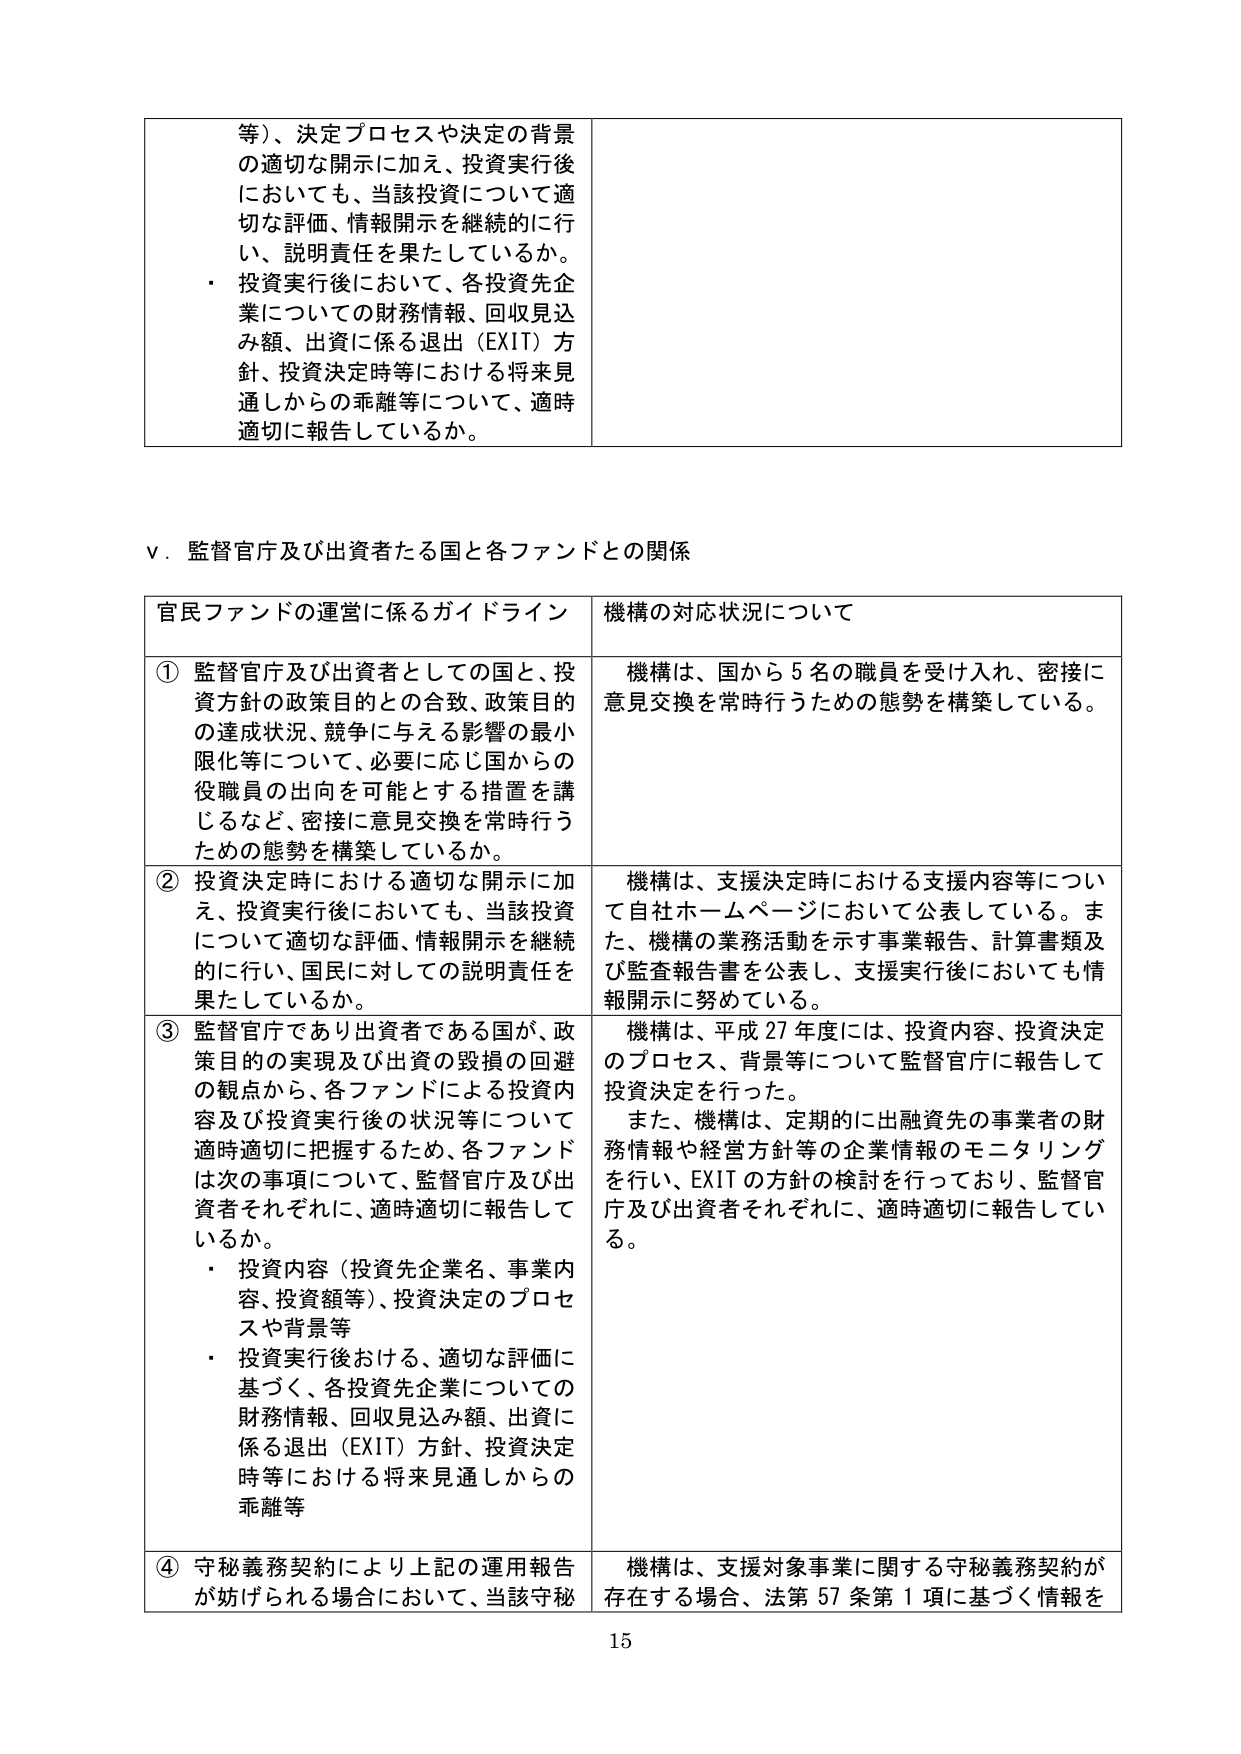
等）、決定プロセスや決定の背景の適切な開示に加え、投資実行後においても、当該投資について適切な評価、情報開示を継続的に行い、説明責任を果たしているか。
・ 投資実行後において、各投資先企業についての財務情報、回収見込み額、出資に係る退出（EXIT）方針、投資決定時等における将来見通しからの乖離等について、適時適切に報告しているか。

Ⅴ．監督官庁及び出資者たる国と各ファンドとの関係

官民ファンドの運営に係るガイドライン　　機構の対応状況について

① 監督官庁及び出資者としての国と、投資方針の政策目的との合致、政策目的の達成状況、競争に与える影響の最小限化等について、必要に応じ国からの役職員の出向を可能とする措置を講じるなど、密接に意見交換を常時行うための態勢を構築しているか。
機構は、国から5名の職員を受け入れ、密接に意見交換を常時行うための態勢を構築している。

② 投資決定時における適切な開示に加え、投資実行後においても、当該投資について適切な評価、情報開示を継続的に行い、国民に対しての説明責任を果たしているか。
機構は、支援決定時における支援内容等について自社ホームページにおいて公表している。また、機構の業務活動を示す事業報告、計算書類及び監査報告書を公表し、支援実行後においても情報開示に努めている。

③ 監督官庁であり出資者である国が、政策目的の実現及び出資の毀損の回避の観点から、各ファンドによる投資内容及び投資実行後の状況等について適時適切に把握するため、各ファンドは次の事項について、監督官庁及び出資者それぞれに、適時適切に報告しているか。
・ 投資内容（投資先企業名、事業内容、投資額等）、投資決定のプロセスや背景等
・ 投資実行後おける、適切な評価に基づく、各投資先企業についての財務情報、回収見込み額、出資に係る退出（EXIT）方針、投資決定時等における将来見通しからの乖離等
機構は、平成27年度には、投資内容、投資決定のプロセス、背景等について監督官庁に報告して投資決定を行った。
また、機構は、定期的に出融資先の事業者の財務情報や経営方針等の企業情報のモニタリングを行い、EXITの方針の検討を行っており、監督官庁及び出資者それぞれに、適時適切に報告している。

④ 守秘義務契約により上記の運用報告が妨げられる場合において、当該守秘
機構は、支援対象事業に関する守秘義務契約が存在する場合、法第57条第1項に基づく情報を

15